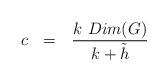
LaTeX: \begin{align*}c ~~=~~ {{k ~ Dim(G)}\over{k + {\tilde h}}}\end{align*}